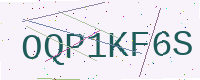
Text: OQP1KF6S